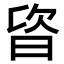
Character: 𣆾